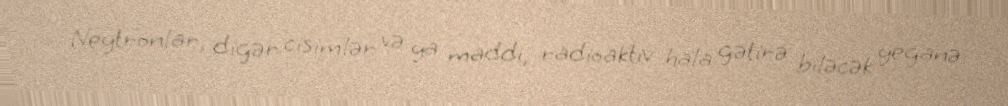
Neytronlar, digər cisimlər və ya maddi, radioaktiv hala gətirə biləcək yeganə